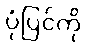
ပုံပြင်ကို